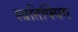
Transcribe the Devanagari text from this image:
स्त्रतिफ्यिंग